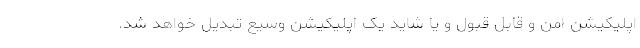
اپلیکیشن امن و قابل قبول و یا شاید یک اپلیکیشن وسیع تبدیل خواهد شد.